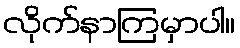
လိုက်နာကြမှာပါ။